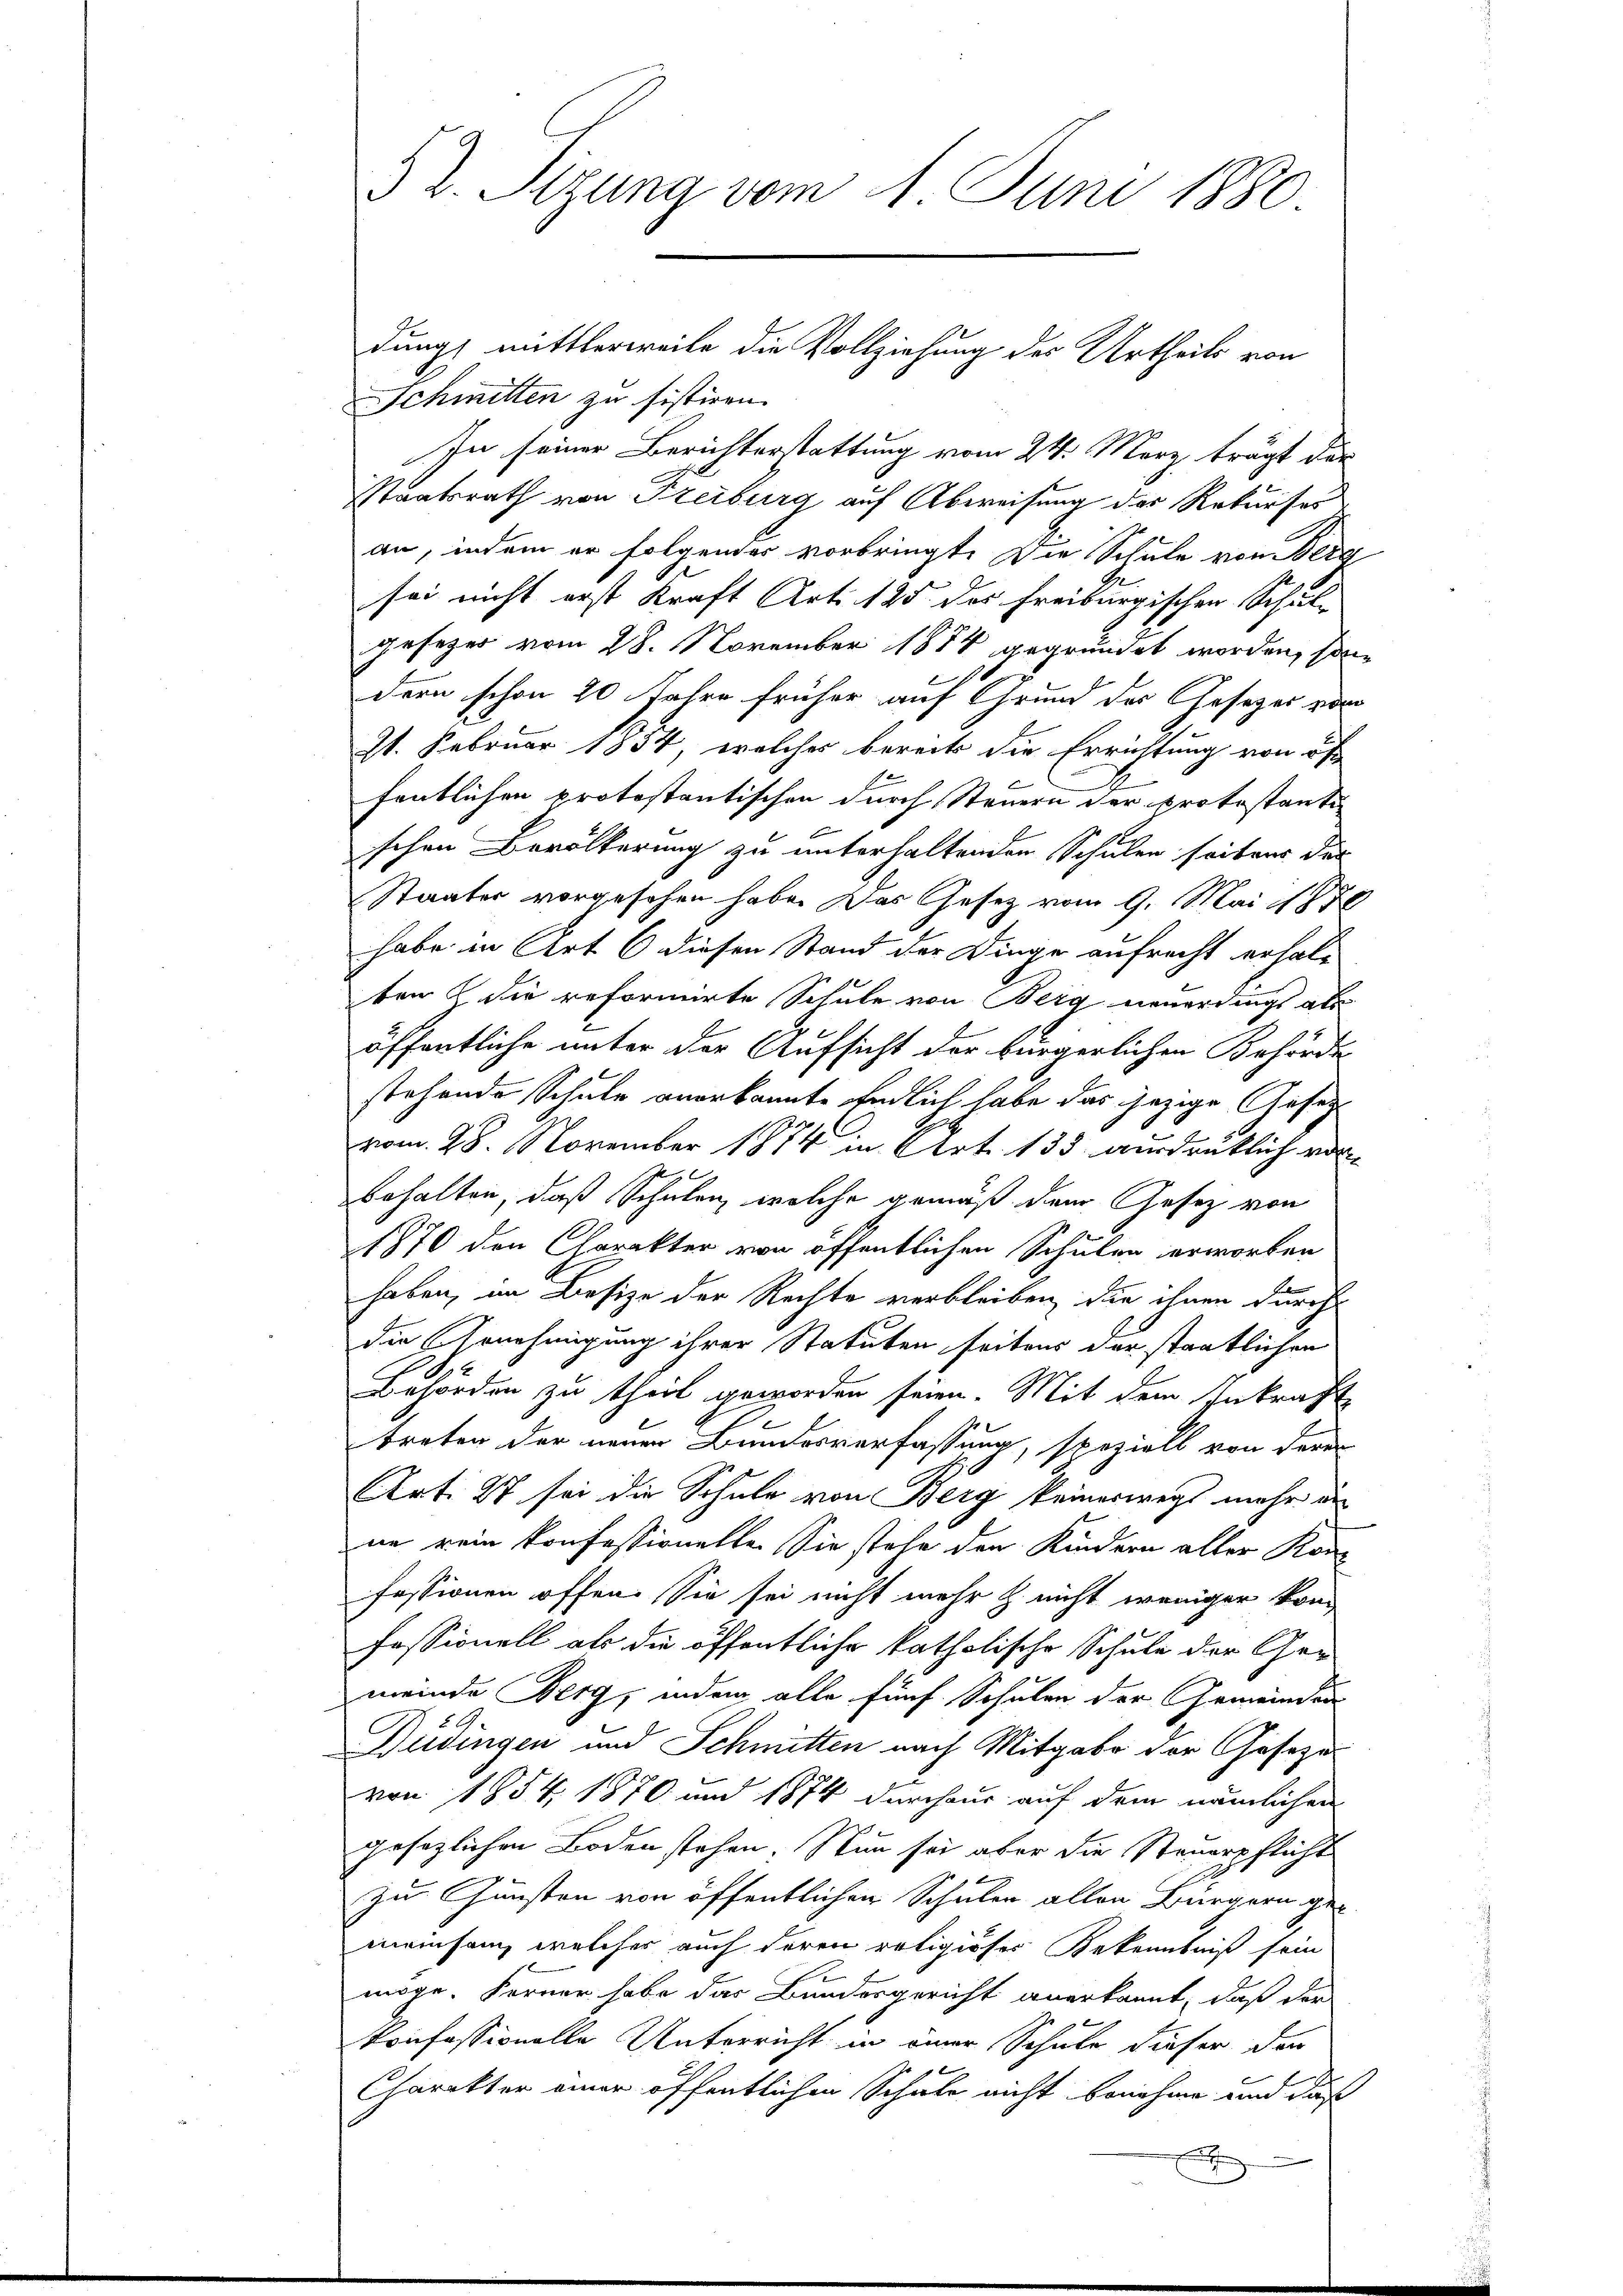
52. Sizung vom 1. Juni 1880

Schmitten zu sistiren.
In seiner Berichterstattung vom 24. März, trägt der
Staatsrath von Steiburg auf Abweisung des Rekurses
an, indem er folgendes vorbringte Die Schule von Berg
sei nicht erst Kraft Art. 125 des Freiburgischen Schul-
geseger vom 28. November 1884 gegründet worden, son
dern schon 20 Jahre früher auf Grund der Gesetzes von
21. Februar 1854, welches bereits die Errichtung von d
fentlichen protestantischen durch Steuern der protestanti
schen Bevölkerung zu unterhaltenden Schulen seitens der
Staates vorgesehen habe. Das Gesetz vom 9. Mai 1870
habe in Art 6 diesen Stand der Dinge aufrecht erhalt
ten die reformirte Schule von Berg neuerdings als
öffentliche unter der Aufsicht der bürgerlichen Behörde
stehende Schule anerkannte Endlich habe das jezige Gesag
vom 28. November 1874 in Art. 133 ausdrüklich vorbehalten, daß Schulen, welche gemäß dem Gesetz von
1870 den Charakter von öffentlichen Schulen erworben
haben, im Besize der Rechte verbleiben, die ihnen durch
die Genehmigung ihrer Statuten seitens der staatlichen
Behörden zu theil geworden seien. Mit dem Inkraft
2
treten der neuen Bundesverfassung, speziell von deren
Art. 27 sei die Schule von Berg keineswegs mehr d
ne rein konfessionelle. Sie stehe den Kindern aller Kon-
fessionen offen. Sie sei nicht mehr h. nicht weniger kom
fessionell als die öffentliche katholische Schule der Ge-
meinde Berg, indem alle fünf Schulen der Gemeinden
Büdingen und Schmitten nach Mitgabe der Gesezes
von 1854. 1870 und 1874 durchaus auf dem nämlichen
gesezlichen Boden stehen. Nun sei aber die Steuerpflicht
zu Gunsten von öffentlichen Schulen allen Bürgern gemeinsam, welcher auch deren religiöses Bekenntniß sein
möge. Ferner habe das Bundesgericht anerkannt, daß der
konfessionelle Unterricht in einer Schule dieser den
x
Charakter einer öffentlichen Schule nicht benehme und daß
t

dung mittlerweile die Vollziehung des Urtheils von